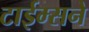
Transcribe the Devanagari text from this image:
टाईम्सने